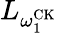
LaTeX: L_{\omega_{1}^{\mathrm{CK}}}